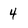
Character: 4